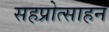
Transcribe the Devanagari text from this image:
सहप्रोत्साहन